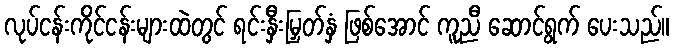
လုပ်ငန်းကိုင်ငန်းများထဲတွင် ရင်းနှီးမြှတ်နှံ ဖြစ်အောင် ကူညီ ဆောင်ရွက် ပေးသည်။